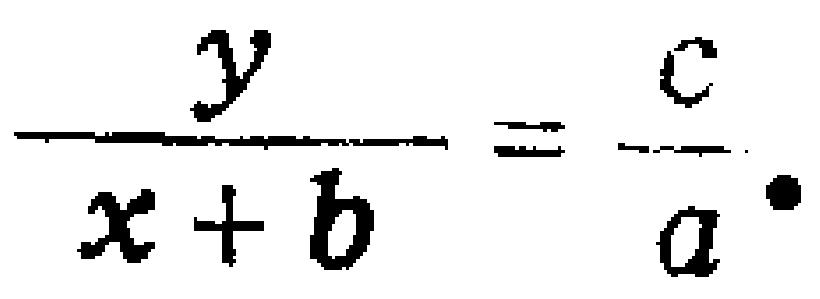
$\frac{y}{x + b}=\frac{c}{a}.$